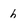
Character: h